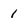
Character: 1